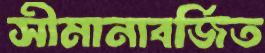
সীমানাবর্জিত